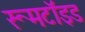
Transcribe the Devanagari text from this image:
रूमटॉइड